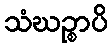
သံဃဉ္စာပိ